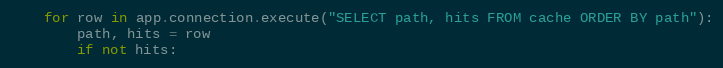
Language: Python
    for row in app.connection.execute("SELECT path, hits FROM cache ORDER BY path"):
        path, hits = row
        if not hits: